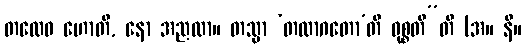
တထေဝ ဟောတိ, နော အညထာ။ တသ္မာ ‘တထာဂတော’တိ ဝုစ္စတီ”တိ (အ။ နိ။